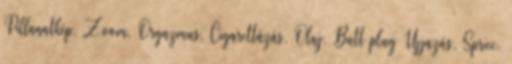
Pillanatkép, Zoom, Orgazmus, Cigarettázás, Olaj, Butt plug Ujjazás, Spricc,